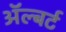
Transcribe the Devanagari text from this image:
ॲल्बर्ट